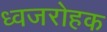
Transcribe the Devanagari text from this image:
ध्वजरोहक